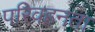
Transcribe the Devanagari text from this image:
परिवहनता